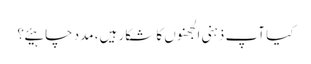
کیا آپ ذہنی الجھنوں کا شکار ہیں، مدد چاہیئے؟